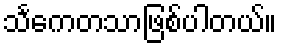
သင်္ကေတသာဖြစ်ပါတယ်။